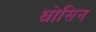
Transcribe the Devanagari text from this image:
धोसिन